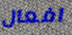
افعال